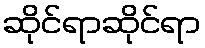
ဆိုင်ရာဆိုင်ရာ